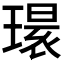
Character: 𱯔